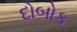
દોબોક